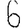
Digit: 6